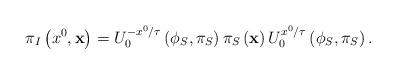
LaTeX: \begin{align*}\pi_{I}\left(x^0,{\bf x}\right)=U^{-x^0 / \tau}_{0}\left(\phi_{S},\pi_{S}\right)\pi_{S}\left({\bf x}\right)U^{x^0 / \tau}_{0}\left(\phi_{S},\pi_{S}\right).\end{align*}